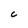
Character: C